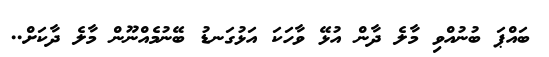
ބައްޕަ ބުނުއްވި މާލެ ދާން އުޅޭ ވާހަކަ އަޅުގަނޑު ބޭނުމެއްނޫން މާލެ ދާކަށް..